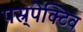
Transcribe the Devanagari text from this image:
पस्र्पेक्टिव